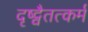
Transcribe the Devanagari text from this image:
दृष्ट्वैतत्कर्म